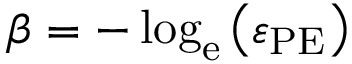
\beta = - \log _ { \mathrm { e } } \left( \varepsilon _ { \mathrm { P E } } \right)